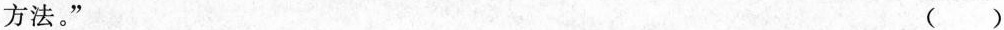
方法。” ()